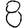
Digit: 8